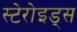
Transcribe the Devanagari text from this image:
स्टेरोइड्स